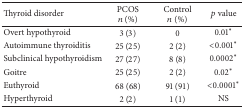
| Thyroid disorder | PCOSn (%) | Control n (%) | p value |
 | --- | --- | --- | --- |
 | Overt hypothyroid | 3 (3) | 0 | 0.01∗ |
 | Autoimmune thyroiditis | 25 (25) | 2 (2) | <0.001∗ |
 | Subclinical hypothyroidism | 27 (27) | 8 (8) | 0.0002∗ |
 | Goitre | 25 (25) | 2 (2) | 0.02∗ |
 | Euthyroid | 68 (68) | 91 (91) | <0.0001∗ |
 | Hyperthyroid | 2 (2) | 1 (1) | NS |